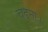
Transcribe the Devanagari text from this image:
चढ़ना।